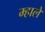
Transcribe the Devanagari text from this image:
म्हाले